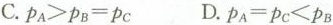
C.\rho _{A}>\rho _{B}=\rho _{C} D.\rho _{A}=\rho _{C}<\rho_{B}